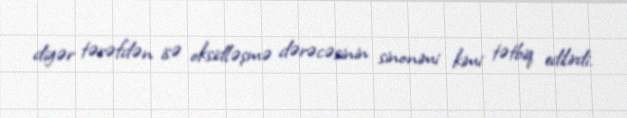
digər tərəfdən isə oksidləşmə dərəcəsinin sinonimi kimi tətbiq edilirdi.